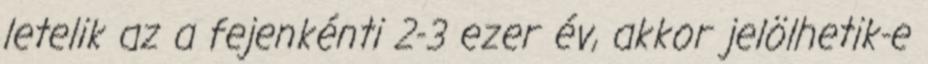
letelik az a fejenkénti 2-3 ezer év, akkor jelölhetik-e